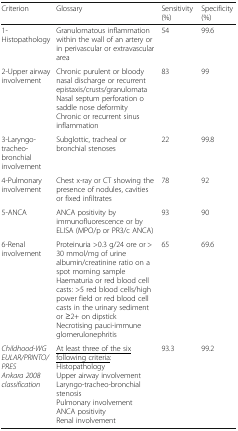
<table><thead><tr><td><b>Criterion</b></td><td><b>Glossary</b></td><td><b>Sensitivity (%)</b></td><td><b>Specificity (%)</b></td></tr></thead><tbody><tr><td>1-Histopathology</td><td>Granulomatous inflammation within the wall of an artery or in perivascular or extravascular area</td><td>54</td><td>99.6</td></tr><tr><td>2-Upper airway involvement</td><td>Chronic purulent or bloody nasal discharge or recurrent epistaxis/crusts/granulomataNasal septum perforation o saddle nose deformityChronic or recurrent sinus inflammation</td><td>83</td><td>99</td></tr><tr><td>3-Laryngo-tracheo-bronchialinvolvement</td><td>Subglottic, tracheal or bronchial stenoses</td><td>22</td><td>99.8</td></tr><tr><td>4-Pulmonary involvement</td><td>Chest x-ray or CT showing the presence of nodules, cavities or fixed infiltrates</td><td>78</td><td>92</td></tr><tr><td>5-ANCA</td><td>ANCA positivity by immunofluorescence or by ELISA (MPO/p or PR3/c ANCA)</td><td>93</td><td>90</td></tr><tr><td>6-Renal involvement</td><td>Proteinuria &gt;0.3 g/24 ore or &gt; 30 mmol/mg of urine albumin/creatinine ratio on a spot morning sampleHaematuria or red blood cell casts: &gt;5 red blood cells/high power field or red blood cell casts in the urinary sediment or ≥2+ on dipstickNecrotising pauci-immune glomerulonephritis</td><td>65</td><td>69.6</td></tr><tr><td><i>Childhood-WG EULAR/PRINTO/PRES</i><i>Ankara 2008 classification</i></td><td><underline>At least three of the six following criteria</underline>:HistopathologyUpper airway involvementLaryngo-tracheo-bronchial stenosisPulmonary involvementANCA positivityRenal involvement</td><td>93.3</td><td>99.2</td></tr></tbody></table>